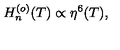
H _ { n } ^ { ( o ) } ( T ) \propto \eta ^ { 6 } ( T ) ,